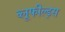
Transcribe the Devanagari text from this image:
ब्लूफील्ड्स